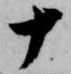
十